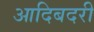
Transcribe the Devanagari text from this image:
आदिबदरी